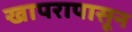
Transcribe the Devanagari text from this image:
खापरापासून